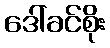
ဒေါ်ခင်စိုး